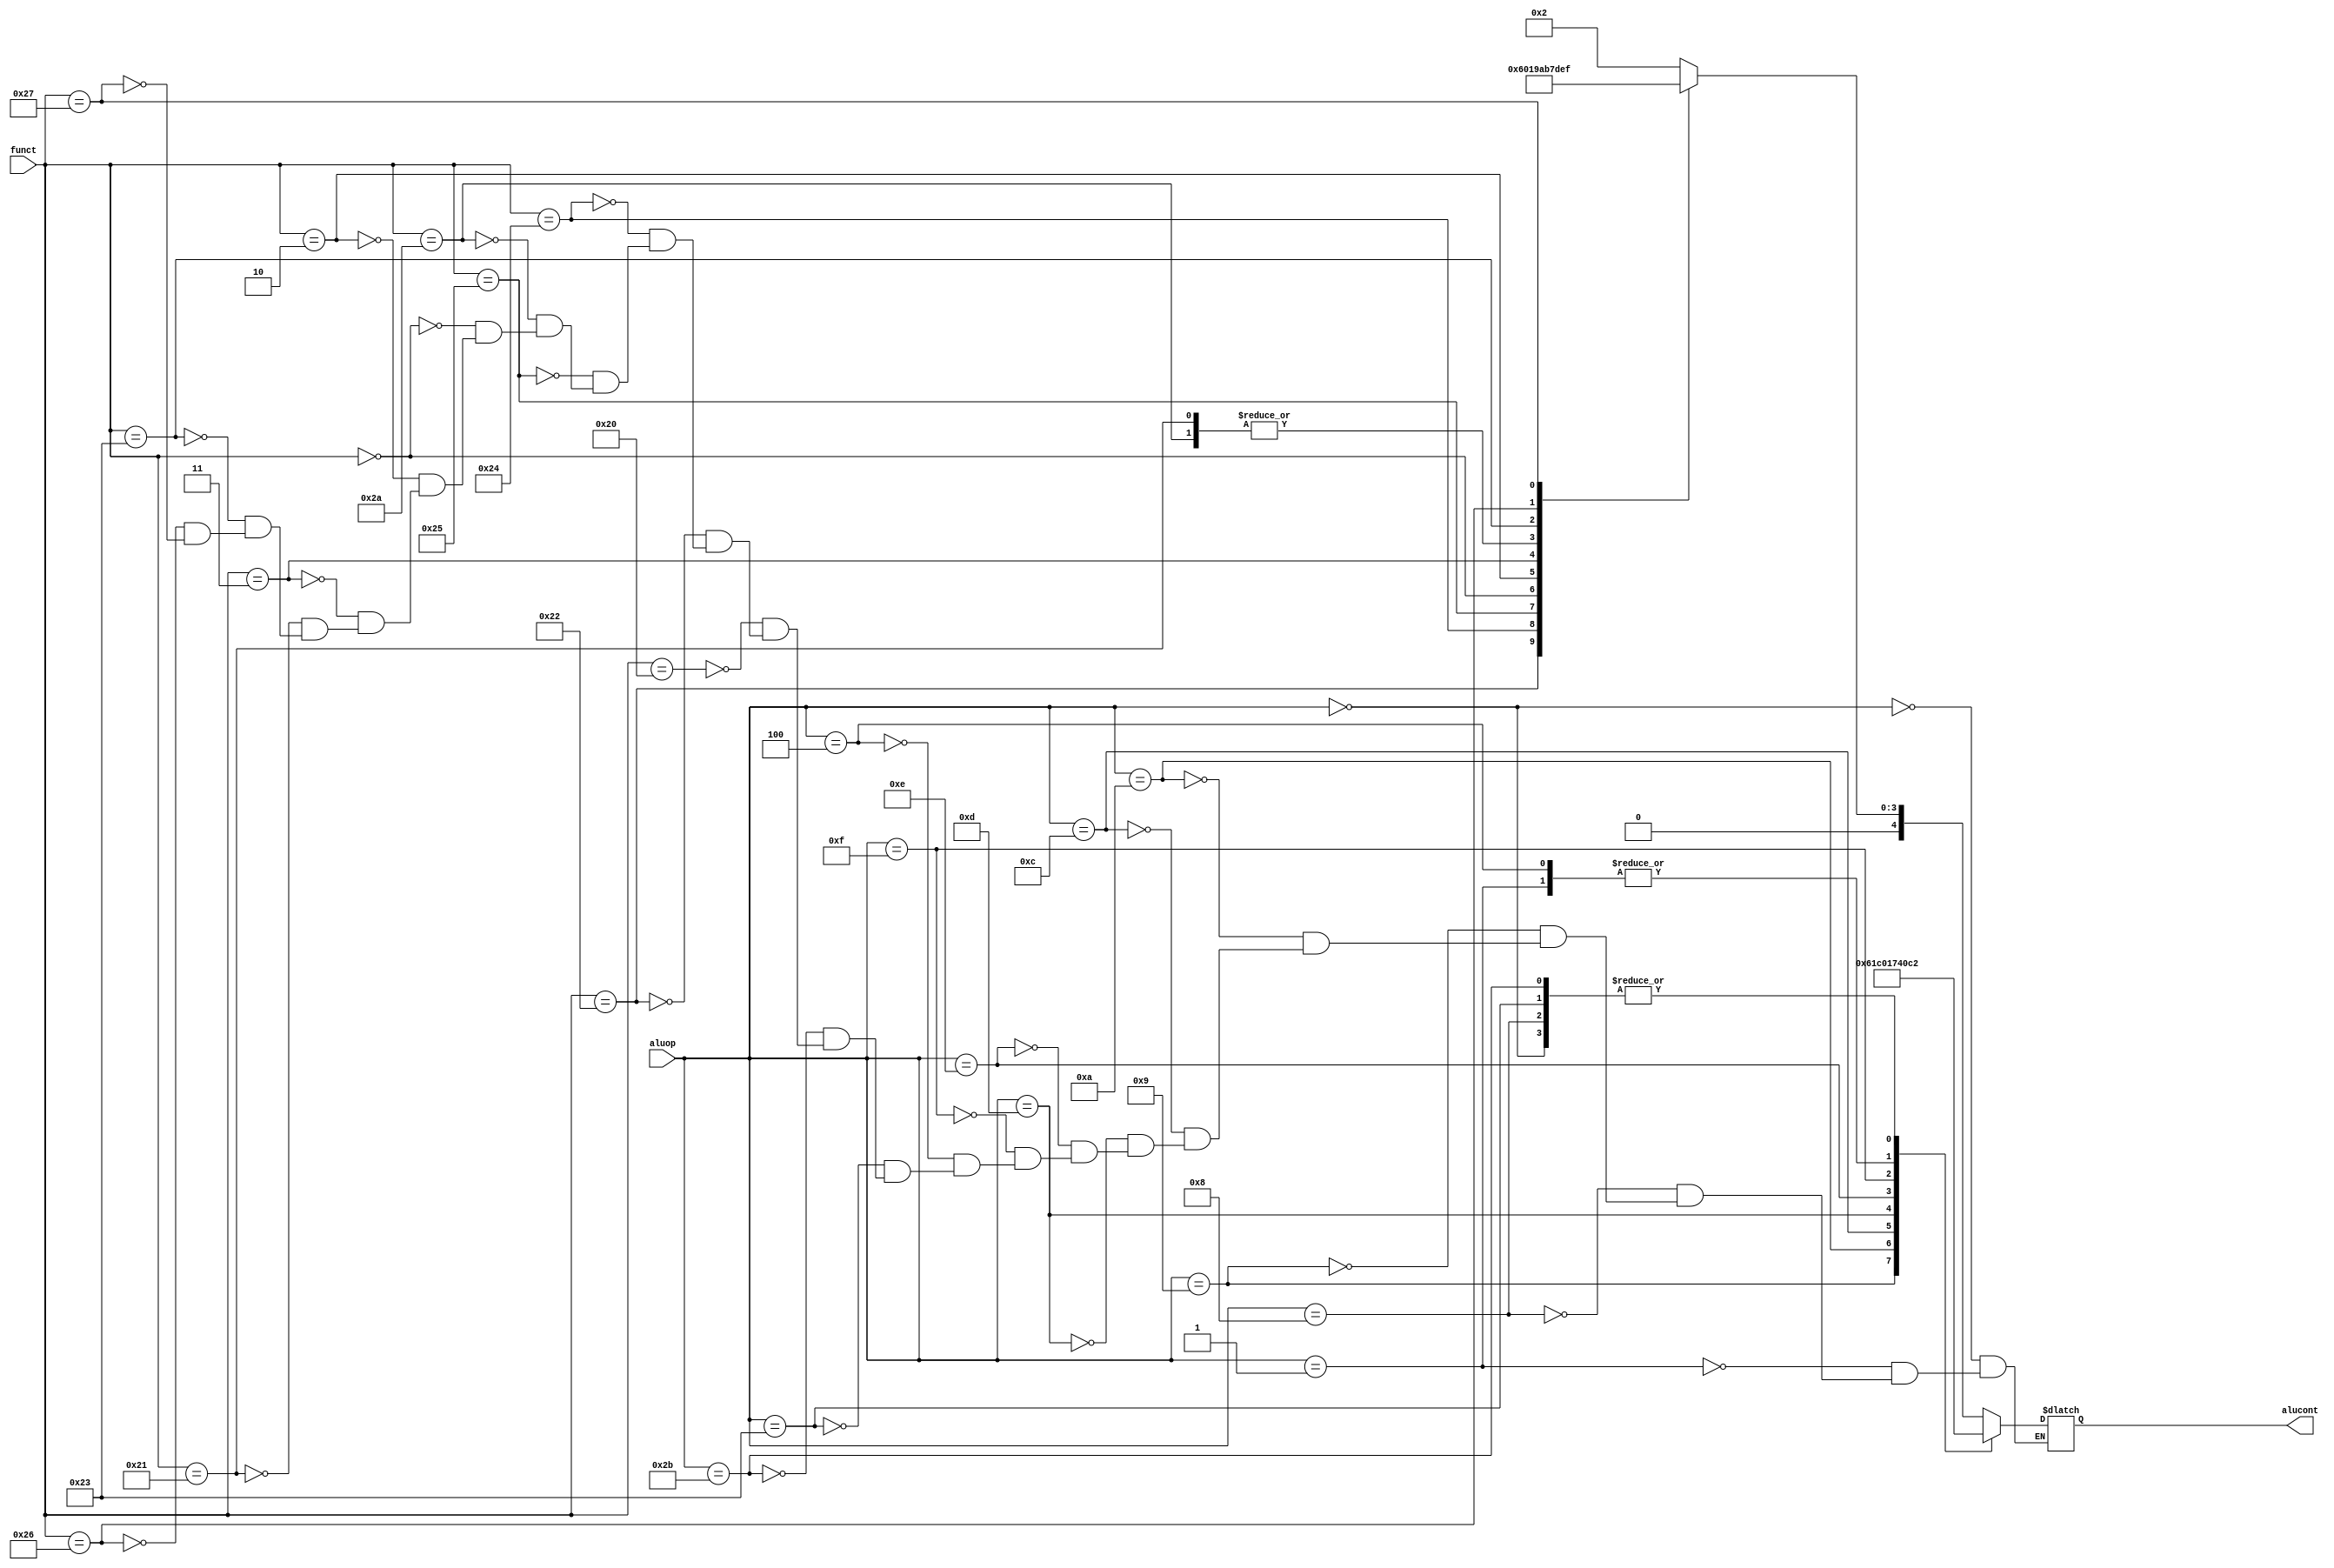

module alucontrol(input      [5:0] aluop, 
                 input      [5:0] funct, 
                 output reg [4:0] alucont);

  always @(*)begin
     case(aluop)
        6'b000000: alucont <= 5'b00010;  // add for lw/sw/addi
        6'b000001: alucont <= 5'b00110;  // sub (for beq)
        6'b001000: alucont <= 5'b00010;  // addi
        6'b001001: alucont <= 5'b01100;  // addiu
        6'b001010: alucont <= 5'b00111;  // slti
        6'b001100: alucont <= 5'b00000;  // andi
        6'b001101: alucont <= 5'b00001;  // ori
        6'b001110: alucont <= 5'b01110;  // xori
        6'b001111: alucont <= 5'b10000;  // lui
        6'b000100: alucont <= 5'b00110;  // beq
        6'b100011: alucont <= 5'b00010;  // lw
        6'b101011: alucont <= 5'b00010;  // sw
        
        default: case(funct)       // R-Type instructions
                    6'b100000: alucont <= 5'b00010; // add (for add)
                    6'b100010: alucont <= 5'b00110; // subtract (for sub)
                    6'b100100: alucont <= 5'b00000; // logical and (for and)
                    6'b100101: alucont <= 5'b00001; // logical or (for or)
                    6'b101010: alucont <= 5'b00111; // set on less (for slt)
                    
                    6'b000000: alucont <= 5'b01001;  //sll
                    6'b000010: alucont <= 5'b01010;  //srl
                    6'b000011: alucont <= 5'b01011;  //sra
                    6'b100001: alucont <= 5'b00111;  //addu
                    6'b100011: alucont <= 5'b01101;  //subu
                    6'b100110: alucont <= 5'b01110;  //xor
                    6'b100111: alucont <= 5'b01111;  //nor
                 endcase
     endcase
          // $display("funct=%b,aluop=%b,alucont=%b",funct,aluop,alucont);
    end
endmodule